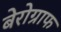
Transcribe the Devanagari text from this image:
बेरोग्राफ